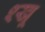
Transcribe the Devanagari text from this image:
श्खू